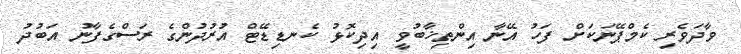
ވާދަވެރި ކެމްޕޭނަކަށް ފަހު އޭނާ އިންތިޚާބުވީ އިދިކޮޅު ކެނޑިޑޭޓް އުރުދުންގެ ރަސްގެފާނު އަބުދު